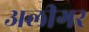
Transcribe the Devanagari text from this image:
अलीगर